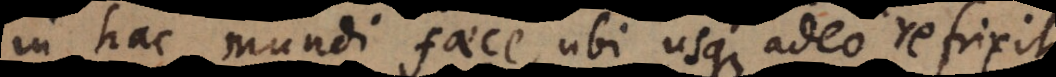
in hac mundi faece, ubi usque adeo refrixit